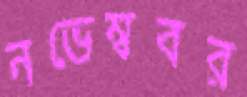
নভেম্ববর